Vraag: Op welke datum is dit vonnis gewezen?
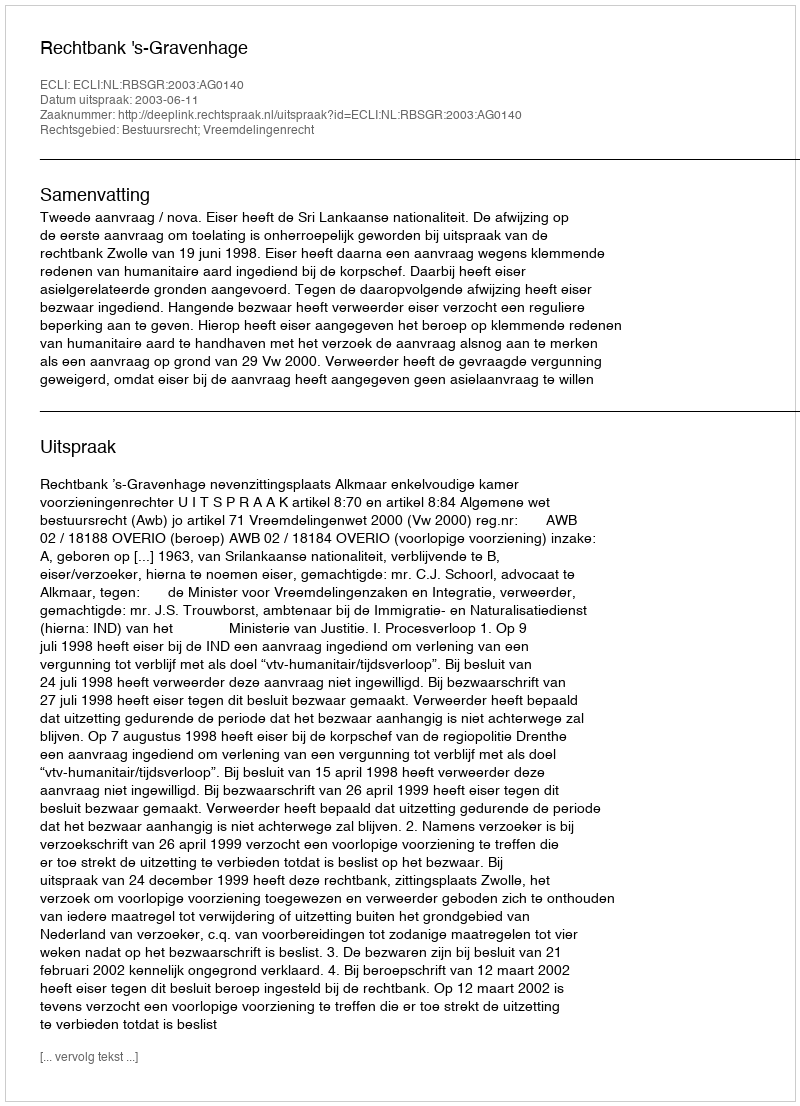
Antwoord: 2003-06-11